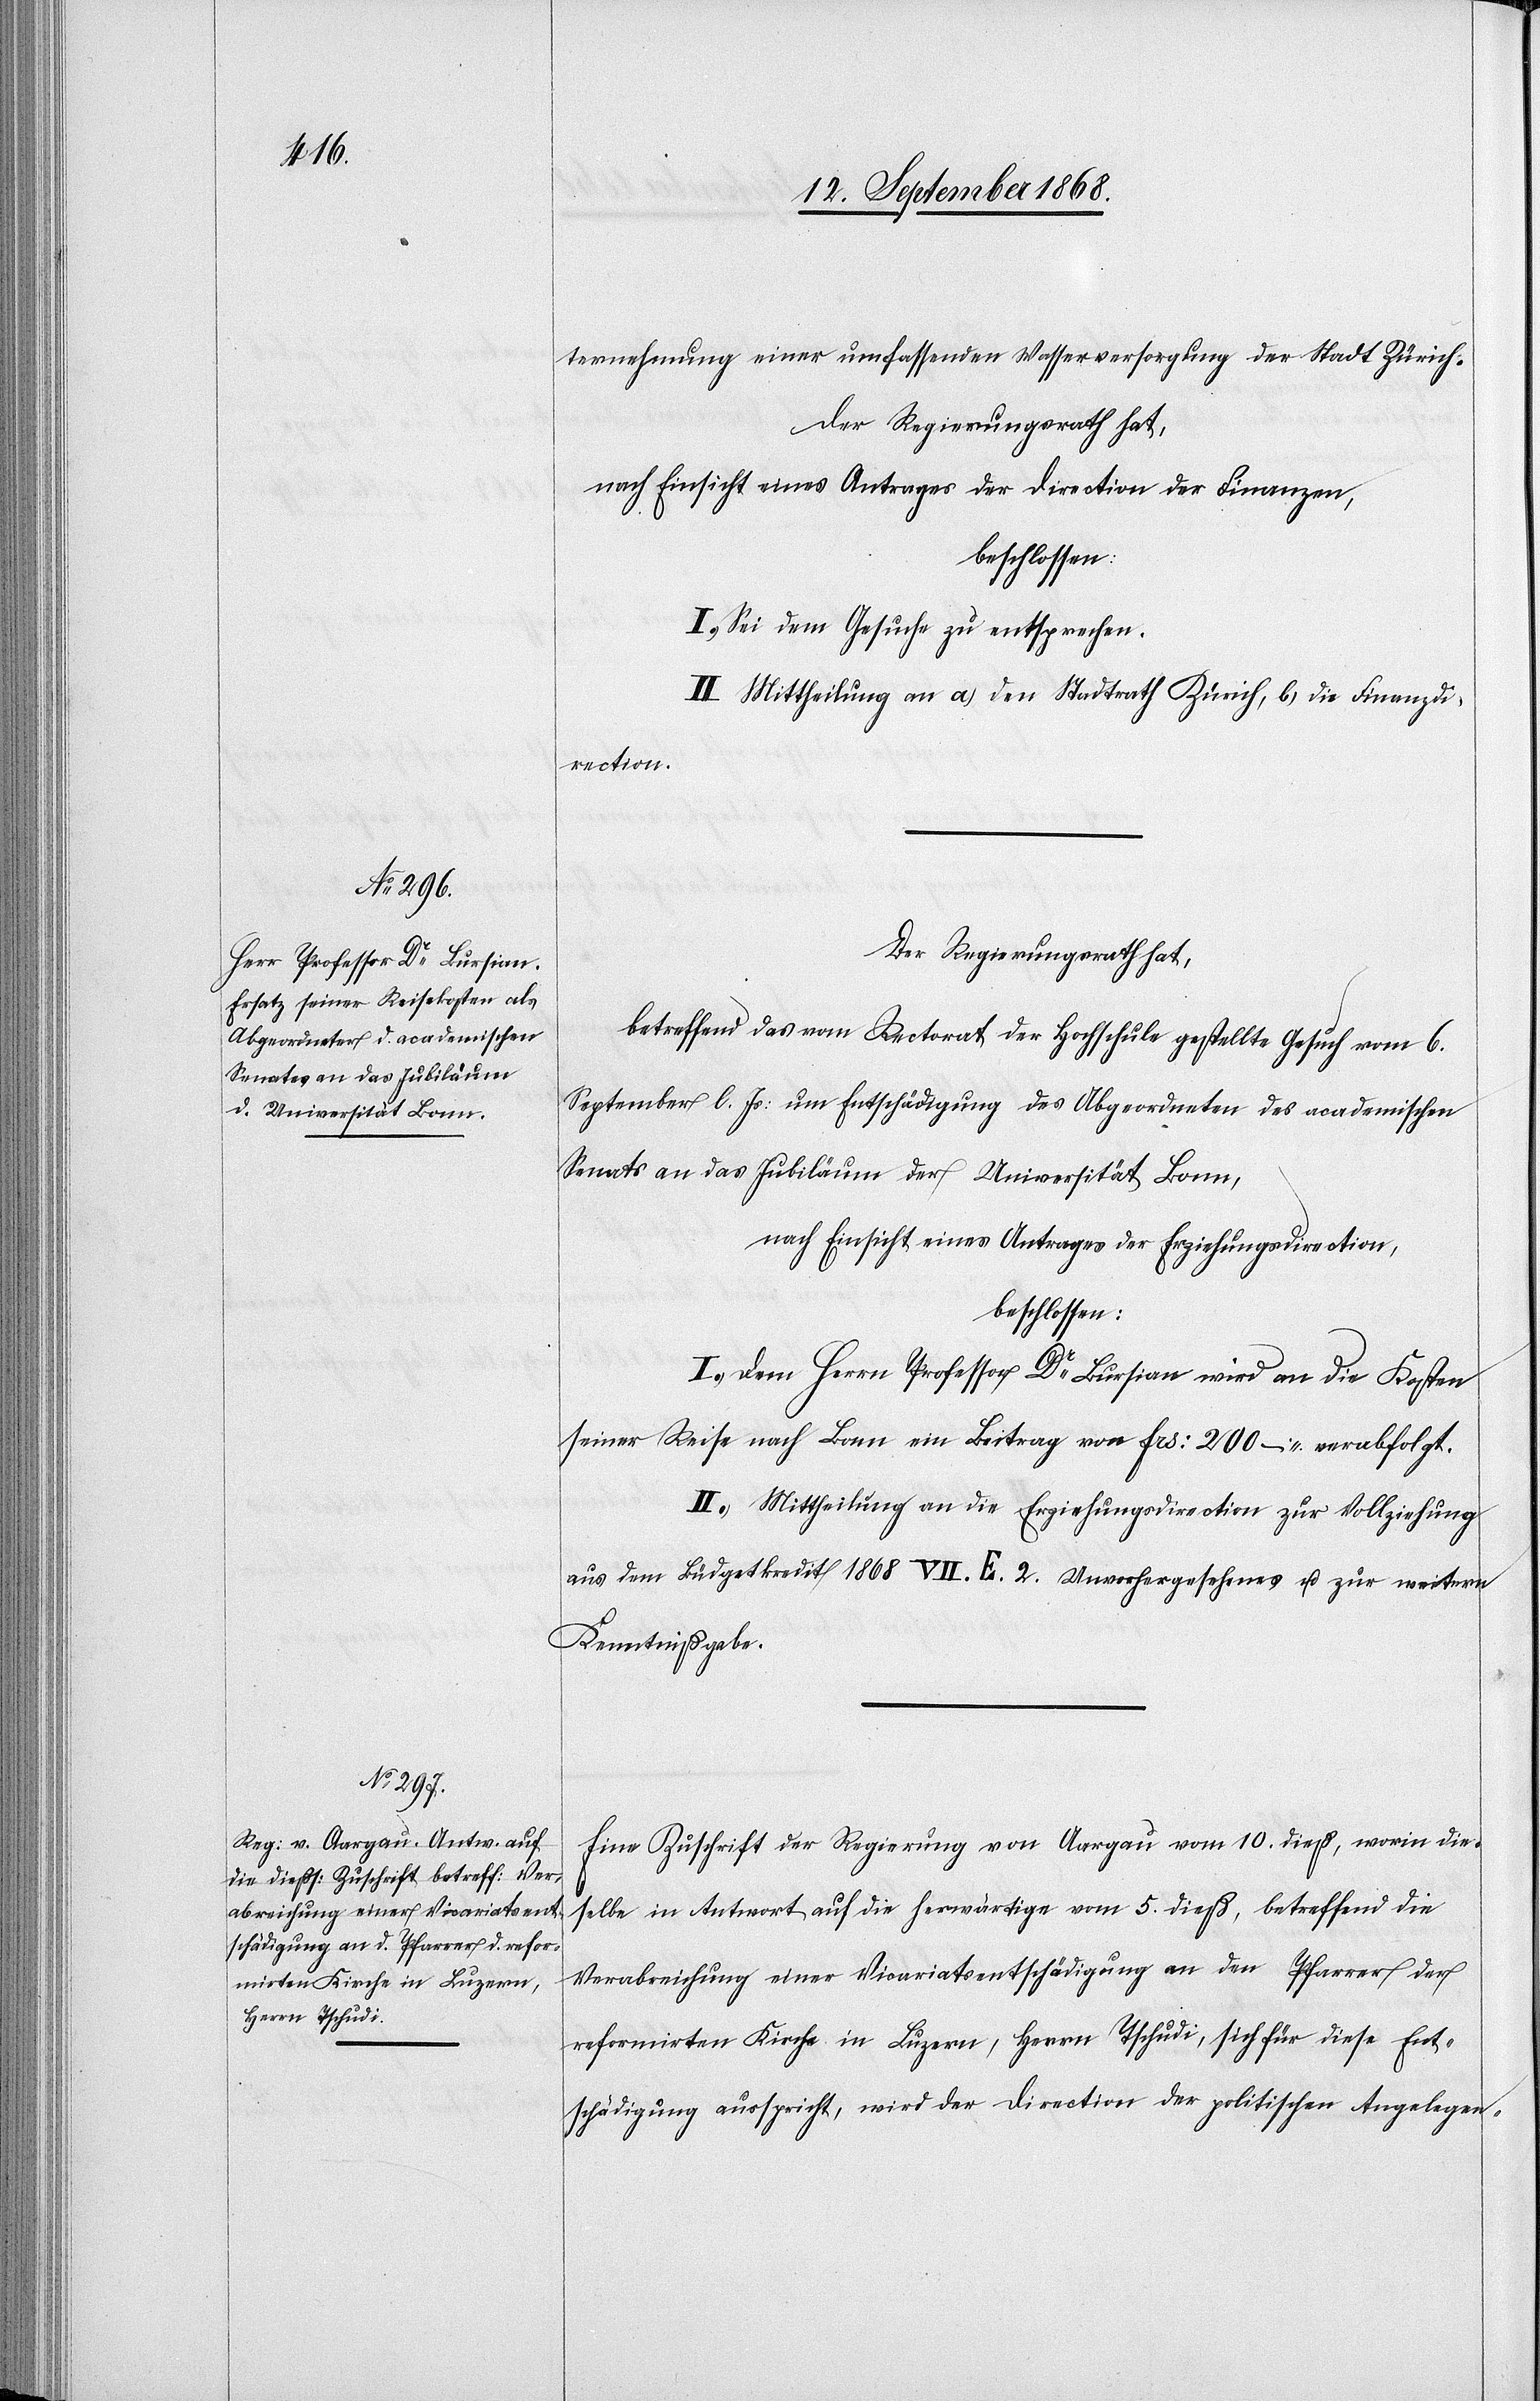
ternehmung einer umfassenden Wasserversorgung der Stadt Zürich.
Der Regierungsrath hat,
nach Einsicht eines Antrages der Direction der Finanzen,
beschlossen:
I. Sei dem Gesuche zu entsprechen.
II. Mittheilung an a.) den Stadtrath Zürich, b.) die Finanzdi¬
rection.
Der Regierungsrath hat,
betreffend das vom Rectorat der Hochschule gestellte Gesuch vom 6.
September l. Js: um Entschädigung des Abgeordneten des academischen
Senats an das Jubiläum der Universität Bonn,
nach Einsicht eines Antrages der Erziehungsdirection,
beschlossen:
I.) Dem Herrn Professor Dr Bursian wird an die Kosten
seiner Reise nach Bonn ein Beitrag von Frs: 200 – verabfolgt.
II.) Mittheilung an die Erziehungsdirection zur Vollziehung
aus dem Büdgetkredit 1868 VII. E. 2. Unvorhergesehenes u. zur weitern
Kenntnißgabe.
Eine Zuschrift der Regierung von Aargau vom 10. dieß, worin die¬
selbe in Antwort auf die herwärtige vom 5. dieß, betreffend die
Verabreichung einer Vicariatsentschädigung an den Pfarrer der
reformirten Kirche in Luzern, Herrn Tschudi, sich für diese Ent¬
schädigung ausspricht, wird der Direction der politischen Angelegen-